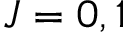
J = 0 , 1